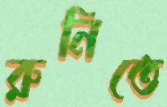
রুনিতে